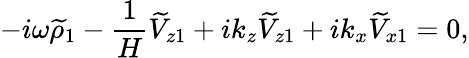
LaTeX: -i\omega\widetilde{\rho}_{1}-\frac{1}{H}\widetilde{V}_{z1}+ik_{z}\widetilde{V}_{z1}+ik_{x}\widetilde{V}_{x1}=0,